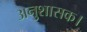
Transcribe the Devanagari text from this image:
अनुशासक।